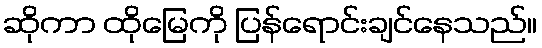
ဆိုကာ ထိုမြေကို ပြန်ရောင်းချင်နေသည်။